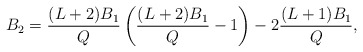
\begin{align*} B_2 = \frac{(L+2)B_1}{Q} \left(\frac{(L+2)B_1}{Q} - 1\right) - 2\frac{(L+1)B_1}{Q}, \end{align*}